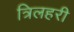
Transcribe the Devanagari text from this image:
त्रिलहरी